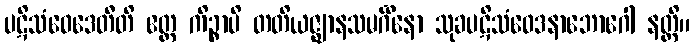
ပဋိသံဝေဒေတီတိ ဧတ္ထ ကိဉ္စာပိ တတိယဇ္ဈာနသမင်္ဂိနော သုခပဋိသံဝေဒနာဘောဂေါ နတ္ထိ။